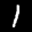
Label: 1